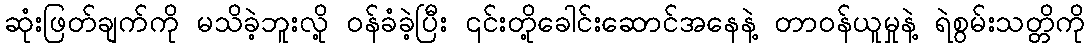
ဆုံးဖြတ်ချက်ကို မသိခဲ့ဘူးလို့ ဝန်ခံခဲ့ပြီး ၎င်းတို့ခေါင်းဆောင်အနေနဲ့ တာဝန်ယူမှုနဲ့ ရဲစွမ်းသတ္တိကို